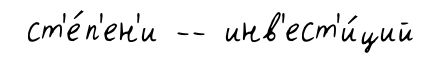
ст'е́п'ен'и -- инв'ест'и́ций